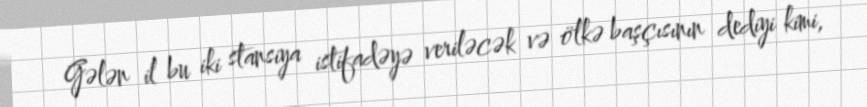
Gələn il bu iki stansiya istifadəyə veriləcək və ölkə başçısının dediyi kimi,